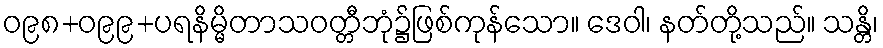
ဝ၉၈+ဝ၉၉+ပရနိမ္မိတာသဝတ္တီဘုံ၌ဖြစ်ကုန်သော။ ဒေဝါ၊ နတ်တို့သည်။ သန္တိ၊